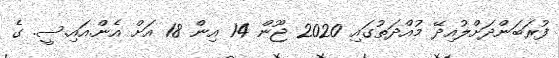
ފުރަބަންދަށްލުއިދޭ މުއްދަތުގައި 2020 ޖޫން 14 އިން 18 އަށް އެން.އައި.ސީ. ގެ